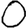
Digit: 0